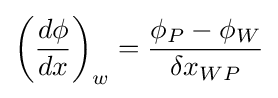
\left({\frac {d\phi }{dx}}\right)_{w}={\frac {\phi _{P}-\phi _{W}}{\delta x_{WP}}}